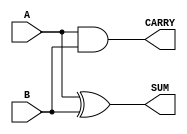
module half_adder #(
    parameter WIDTH = 1  // Parameter to define the bit-width of inputs and outputs
) (
    input  [WIDTH-1:0] A,    // Input A
    input  [WIDTH-1:0] B,    // Input B
    output [WIDTH-1:0] SUM,   // Output SUM
    output CARRY              // Output CARRY
);

    // Calculate SUM using XOR operation
    assign SUM = A ^ B;

    // Calculate CARRY using AND operation
    assign CARRY = A & B;

endmodule